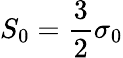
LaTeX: S_{0}=\frac{3}{2}\sigma_{0}